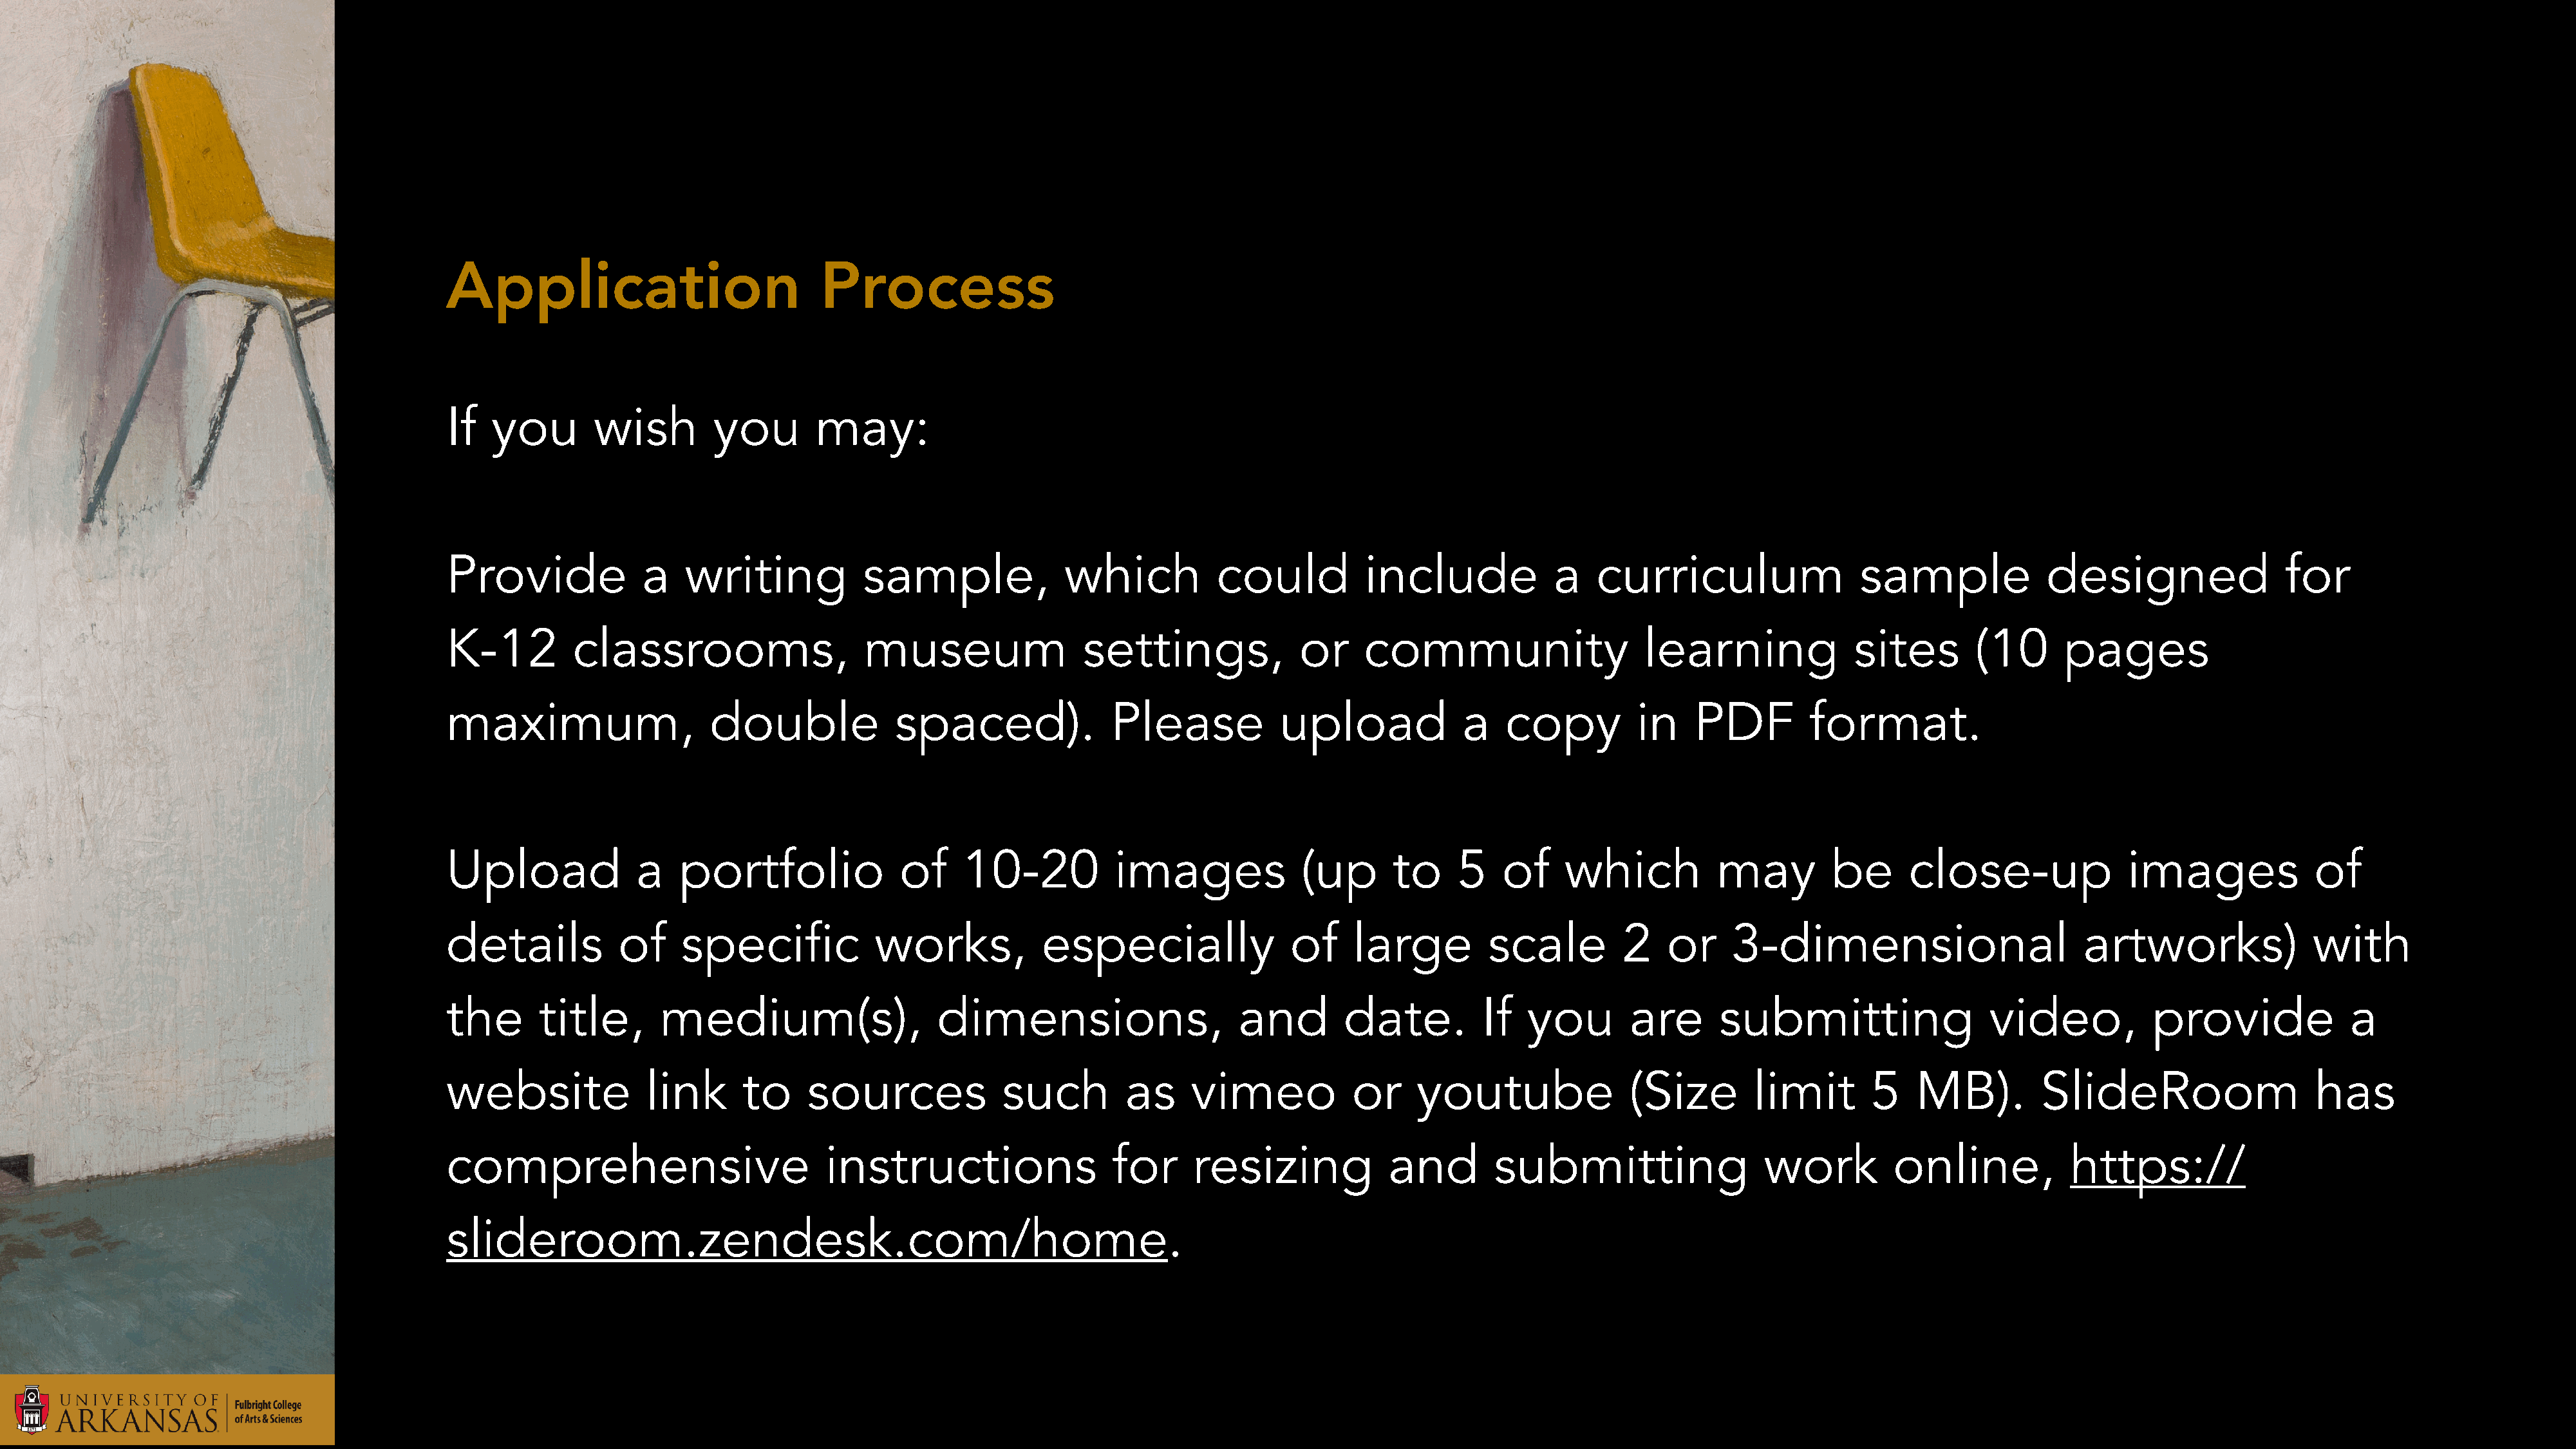
Application                           Process
 If  you        wish        you        may:
 Provide             a   writing            sample,             which           could          include             a   curriculum                 sample             designed                 for
 K-12         classrooms,                   museum                settings,              or    community                    learning              sites       (10      pages
 maximum,                   double             spaced).              Please            upload            a    copy         in    PDF         format.
 Upload             a    portfolio             of     10-20           images             (up      to     5   of     which          may         be      close-up               images             of
 details           of    specific            works,           especially                of    large         scale         2   or     3-dimensional                       artworks)               with
 the      title,       medium(s),                  dimensions,                    and        date.         If   you       are       submitting                 video,           provide              a
 website             link      to     sources             such         as    vimeo            or     youtube              (Size        limit       5    MB).         SlideRoom                   has
 comprehensive                          instructions                 for      resizing            and        submitting                 work          online,           https://
 slideroom.zendesk.com/home.